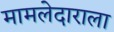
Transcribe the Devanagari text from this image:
मामलेदाराला